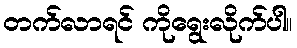
တက်လာရင် ကိုရွေးလိုက်ပါ။